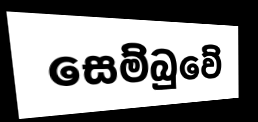
සෙම්බුවේ